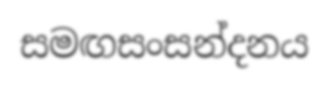
සමඟසංසන්දනය